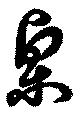
栗